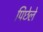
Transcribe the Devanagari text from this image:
पिछेले